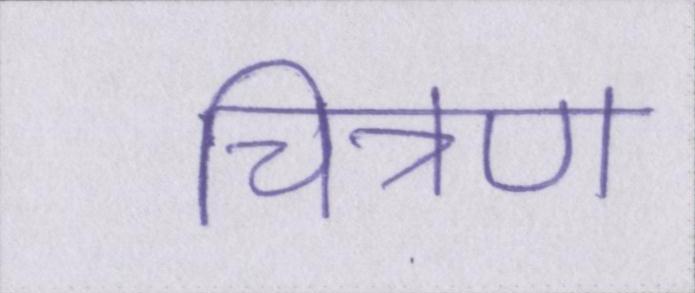
चित्रण